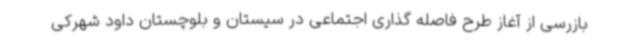
بازرسی از آغاز طرح فاصله گذاری اجتماعی در سیستان و بلوچستان داود شهرکی